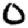
Digit: 0